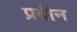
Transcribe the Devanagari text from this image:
प्रबीन